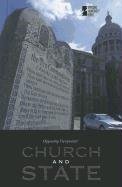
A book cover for Church and State (Opposing Viewpoints); Teen & Young Adult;